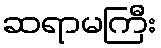
ဆရာမကြီး